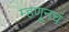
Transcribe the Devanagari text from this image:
म्हणूनचं